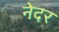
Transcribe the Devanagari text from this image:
नेदर